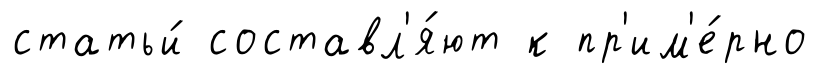
статьи́ составл'я́ют к пр'им'е́рно